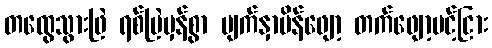
တထွေသွားဖြဲ ရစ်မြဲမှန်စွာ မျက်နှာပိန်ဖျော့ တက်ဖျော့ပင့်ငြား